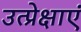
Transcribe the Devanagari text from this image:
उत्प्रेक्षाएं